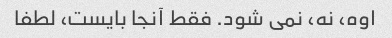
اوه، نه، نمی شود. فقط آنجا بایست، لطفا